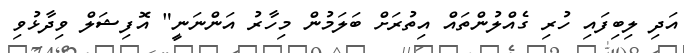
އަދި ލިބިފައި ހުރި ގެއްލުންތައް އިތުރަށް ބަލަމުން މިހާރު އަންނަނީ" އޮފިޝަލް ވިދާޅުވި